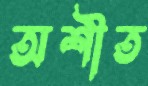
অশীত